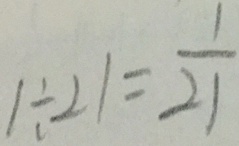
1 \div 2 1 = \frac { 1 } { 2 1 }